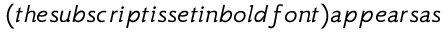
( t h e s u b s c r i p t i s s e t i n b o l d f o n t ) a p p e a r s a s